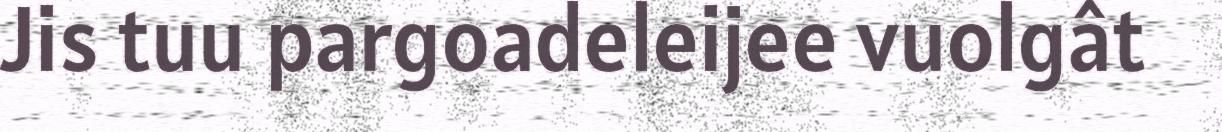
Jis tuu pargoadeleijee vuolgât